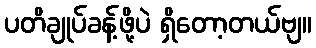
ပတိချုပ်ခန့်ဖို့ပဲ ရှိတော့တယ်ဗျ။